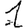
Digit: 1